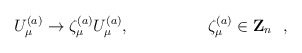
\begin{align*}U_\mu^{(a)} \rightarrow\zeta_\mu^{(a)} U_\mu^{(a)} , \hskip 2cm\zeta_\mu^{(a)}\in {\bf Z}_n~~,\end{align*}